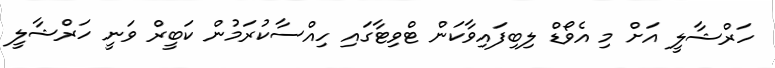
ހަރްޝާލީ އަށް މި އެވޯޑް ލިބިފައިވާކަން ޓްވިޓާގައި ހިއްސާކުރަމުން ކަބީރް ވަނީ ހަރްޝާލީ